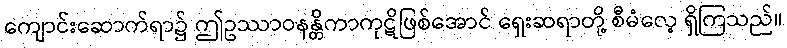
ကျောင်းဆောက်ရာ၌ ဤဥဿာဝနန္တိကာကုဋိဖြစ်အောင် ရှေးဆရာတို့ စီမံလေ့ ရှိကြသည်။